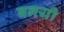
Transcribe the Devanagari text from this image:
बनयी